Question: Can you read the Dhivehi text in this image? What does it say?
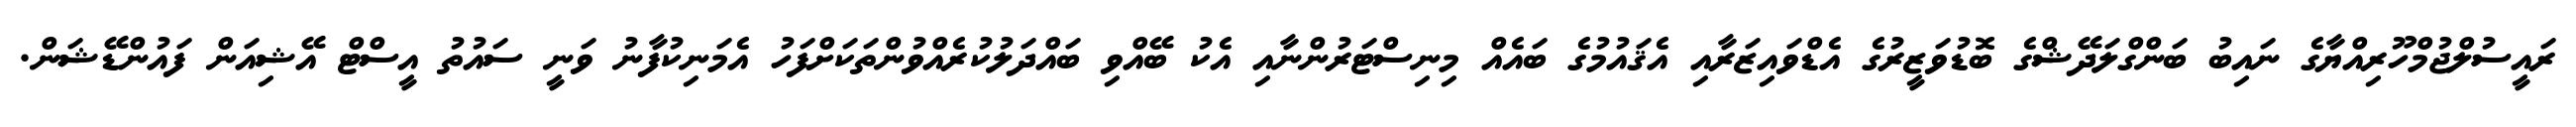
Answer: ރައީސުލްޖުމްހޫރިއްޔާގެ ނައިބު ބަންގްލަދޭޝްގެ ބޮޑުވަޒީރުގެ އެޑްވައިޒަރާއި އެޤައުމުގެ ބައެއް މިނިސްޓަރުންނާއި އެކު ބޭއްވި ބައްދަލުކުރެއްވުންތަކަށްފަހު އެމަނިކުފާނު ވަނީ ސައުތު އީސްޓް އޭޝިއަން ފައުންޑޭޝަން.